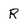
Character: R